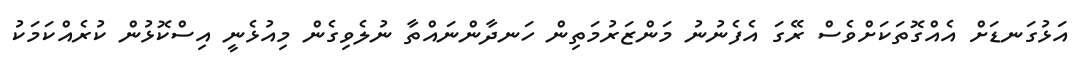
އަޅުގަނޑަށް އެއްގޮތަކަށްވެސް ރޭގަ އެފެނުނު މަންޒަރުމަތިން ހަނދާންނައްތާ ނުލެވިގެން މިއުޅެނީ އިސްކޮޅުން ކުރެއްކަމަކު